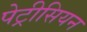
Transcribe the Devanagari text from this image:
पेट्रीसियन